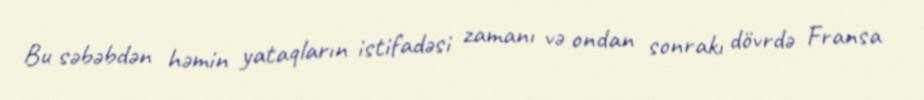
Bu səbəbdən həmin yataqların istifadəsi zamanı və ondan sonrakı dövrdə Fransa